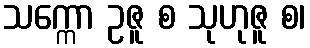
သက္ကော ဥဇူ စ သုဟုဇူ စ၊